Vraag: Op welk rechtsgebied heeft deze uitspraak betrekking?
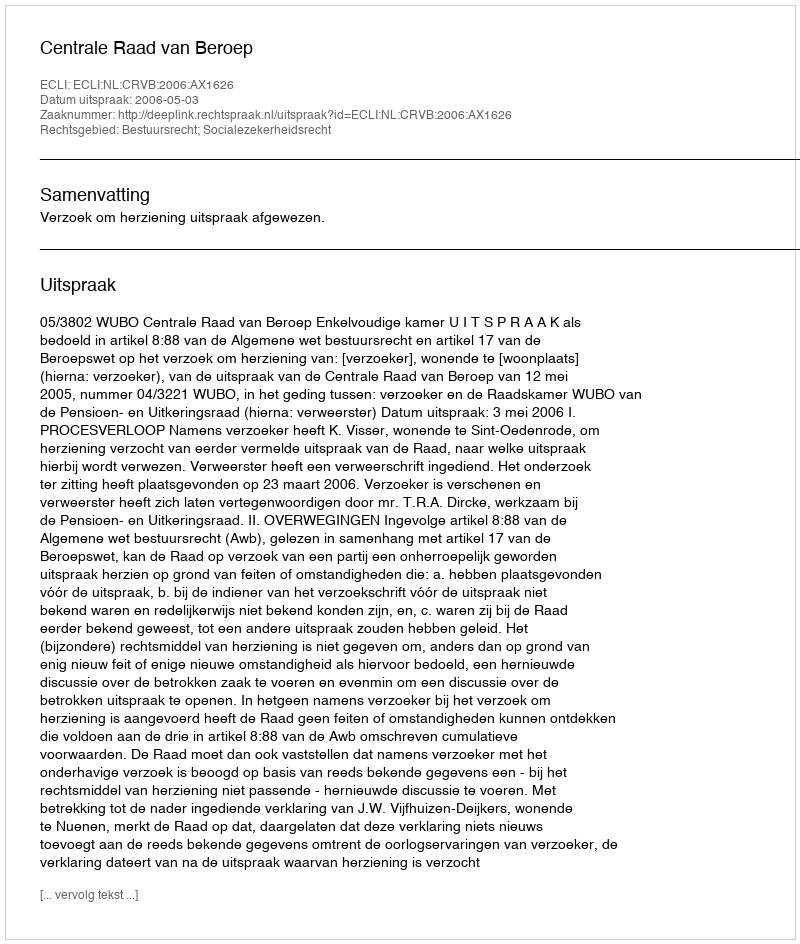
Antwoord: Bestuursrecht; Socialezekerheidsrecht